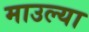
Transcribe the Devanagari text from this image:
माउल्या